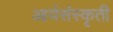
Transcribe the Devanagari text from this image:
आर्यसंस्कृती